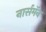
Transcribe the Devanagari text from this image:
नार्समॅन